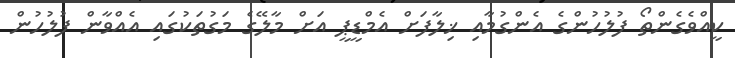
ކީއްވެގެންތޯ ފުލުހުންގެ އެންގުމާއި ޚިލާފަށް އެމްޑީޕީ އަށް މާލޭގެ މަގުތަކުގައި އެއްވާން ފުލުހުން